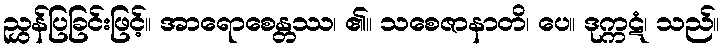
ညွှန်ပြခြင်းဖြင့်။ အာရောစေန္တဿ၊ ၏။ သစေဇာနာတိ၊ ပေ။ ဒုက္ကဋံ၊ သည်။